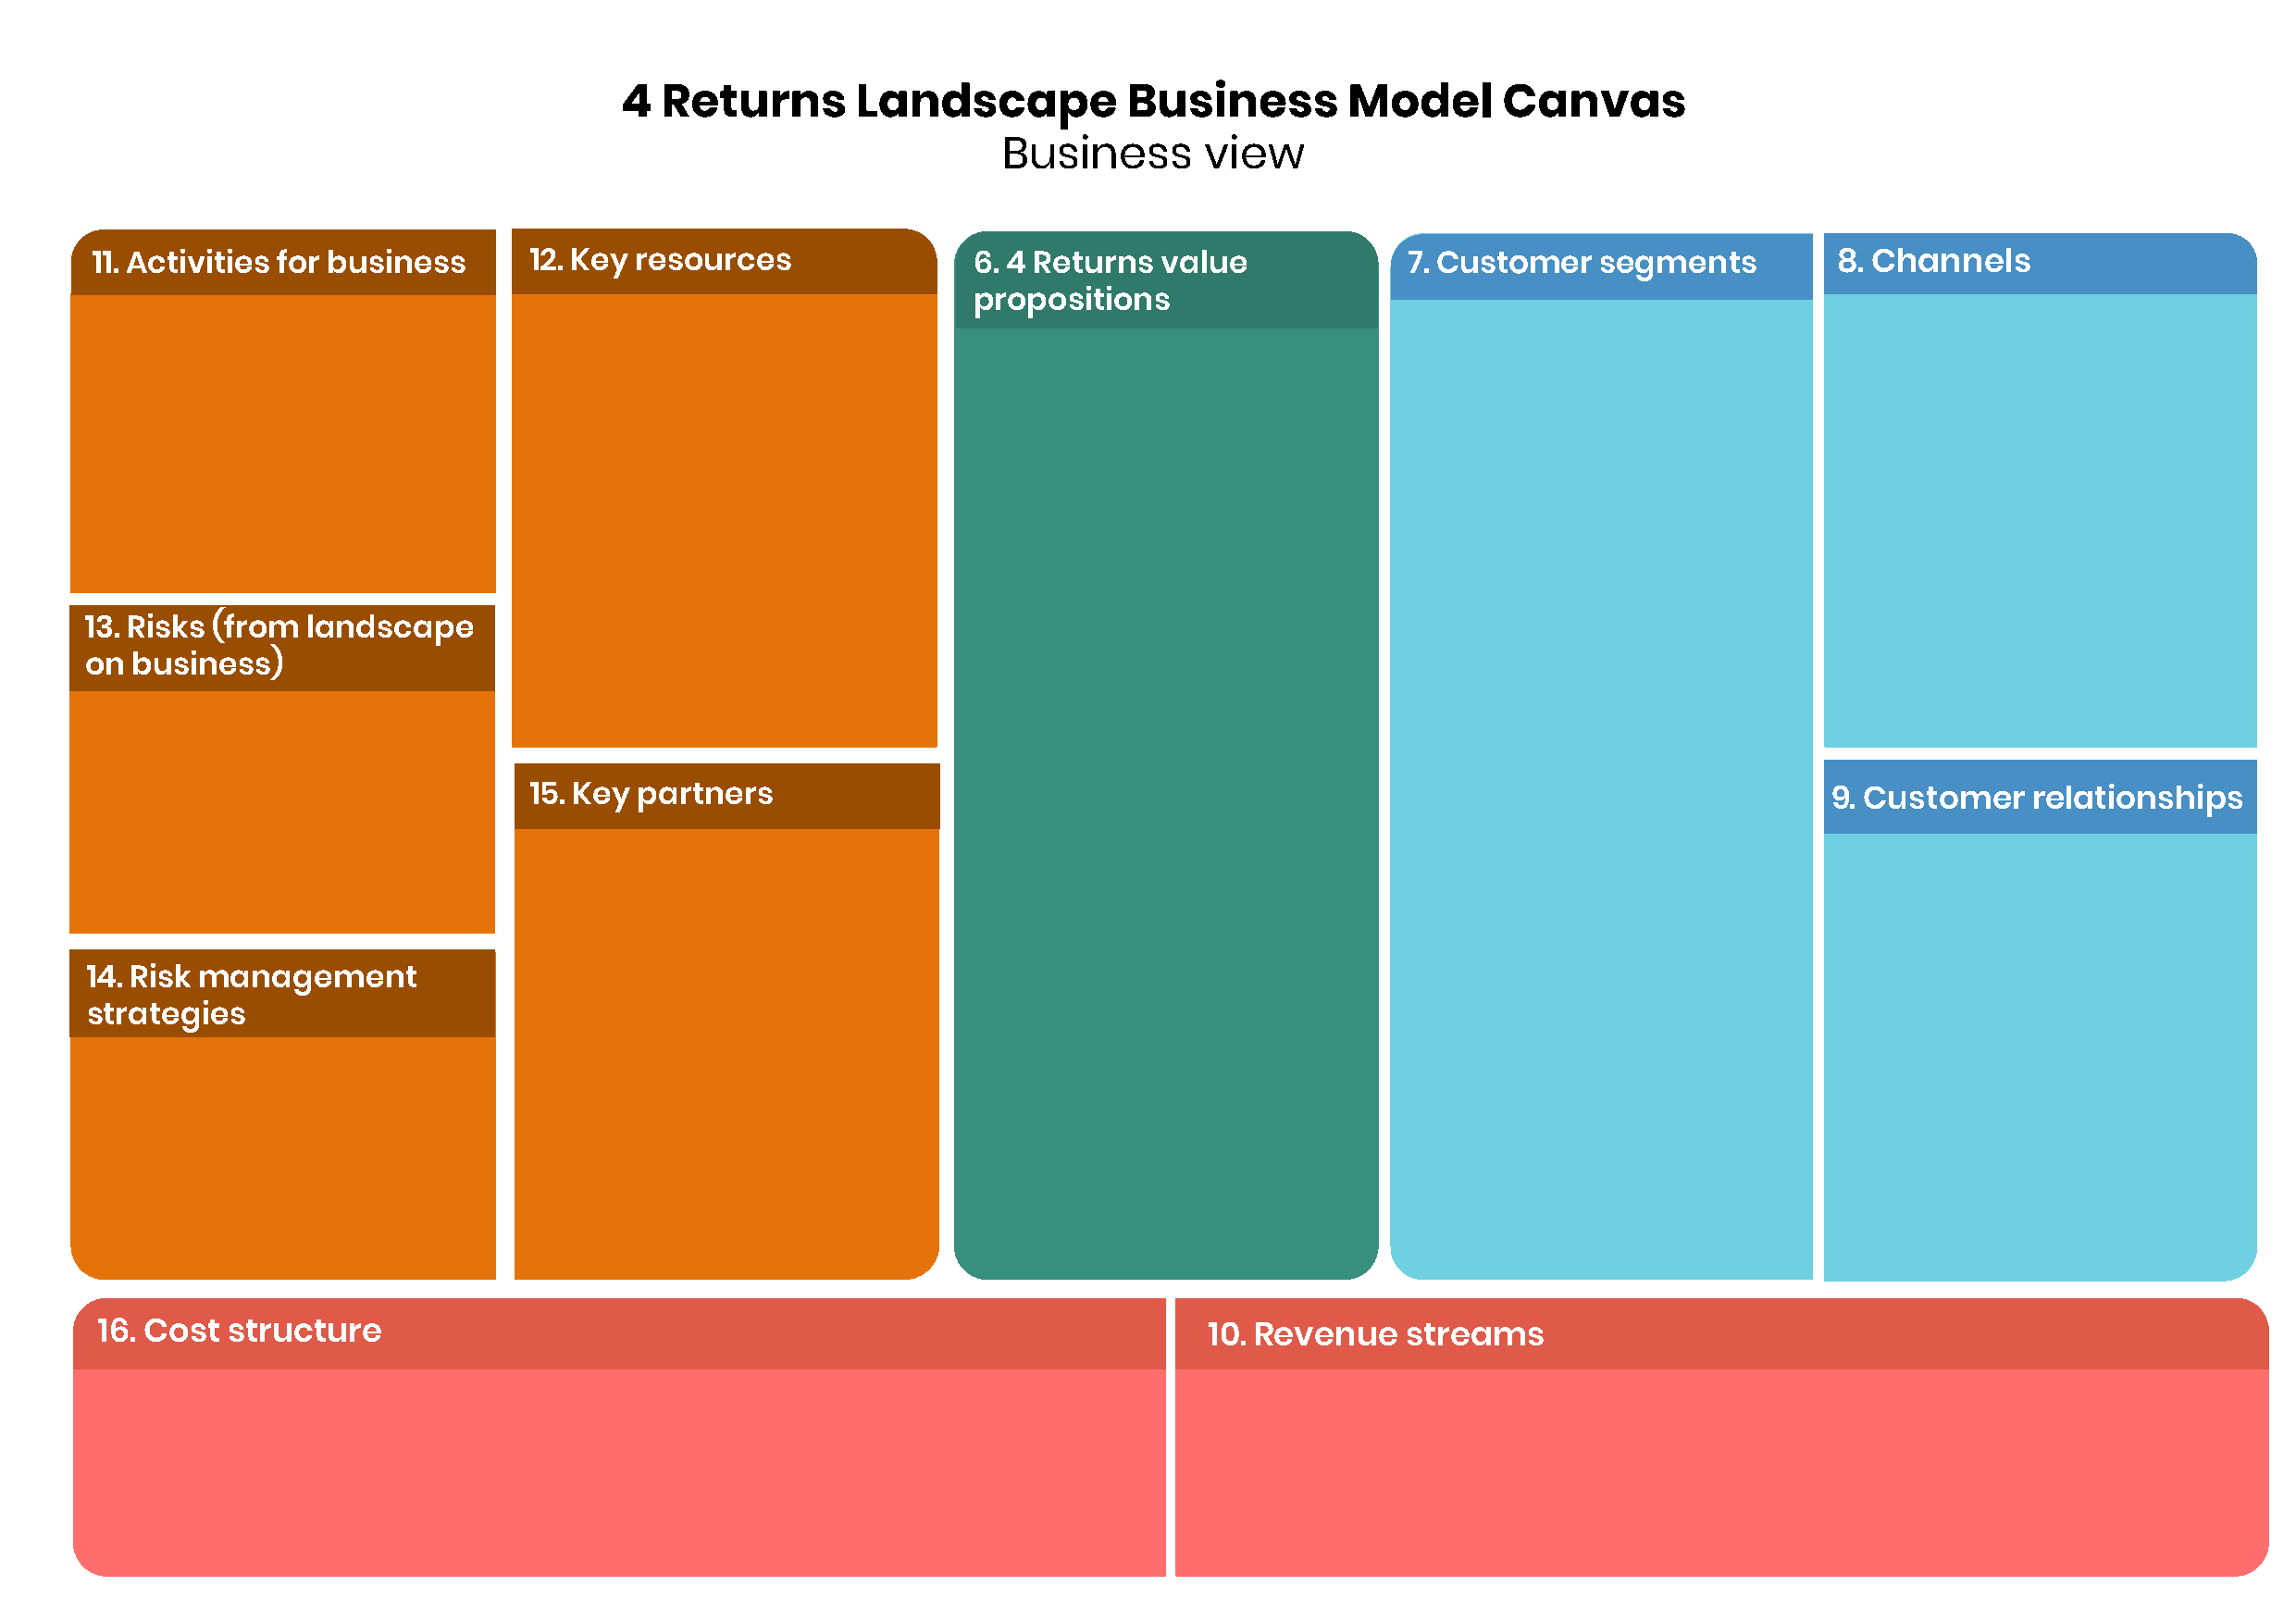
4  Returns       Landscape           Business       Model      Canvas
 Business      view
 11. Activities for business    12. Key resources               6. 4 Returns value             7. Customer  segments         8. Channels
 propositions
 13. Risks (from landscape
 on business)
 15. Key partners                                                                             9. Customer   relationships
 14. Risk management
 strategies
 16. Cost structure                                                             10. Revenue    streams